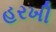
હરખી